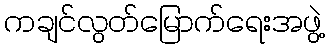
ကချင်လွတ်မြောက်ရေးအဖွဲ့